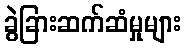
ခွဲခြားဆက်ဆံမှုများ